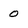
Character: 0